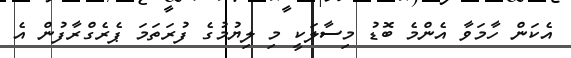
އެކަން ހާމަވާ އެންމެ ބޮޑު މިސާލަކީ މި ލިޔުމުގެ ފުރަތަމަ ޕެރެގްރާފުން އެ